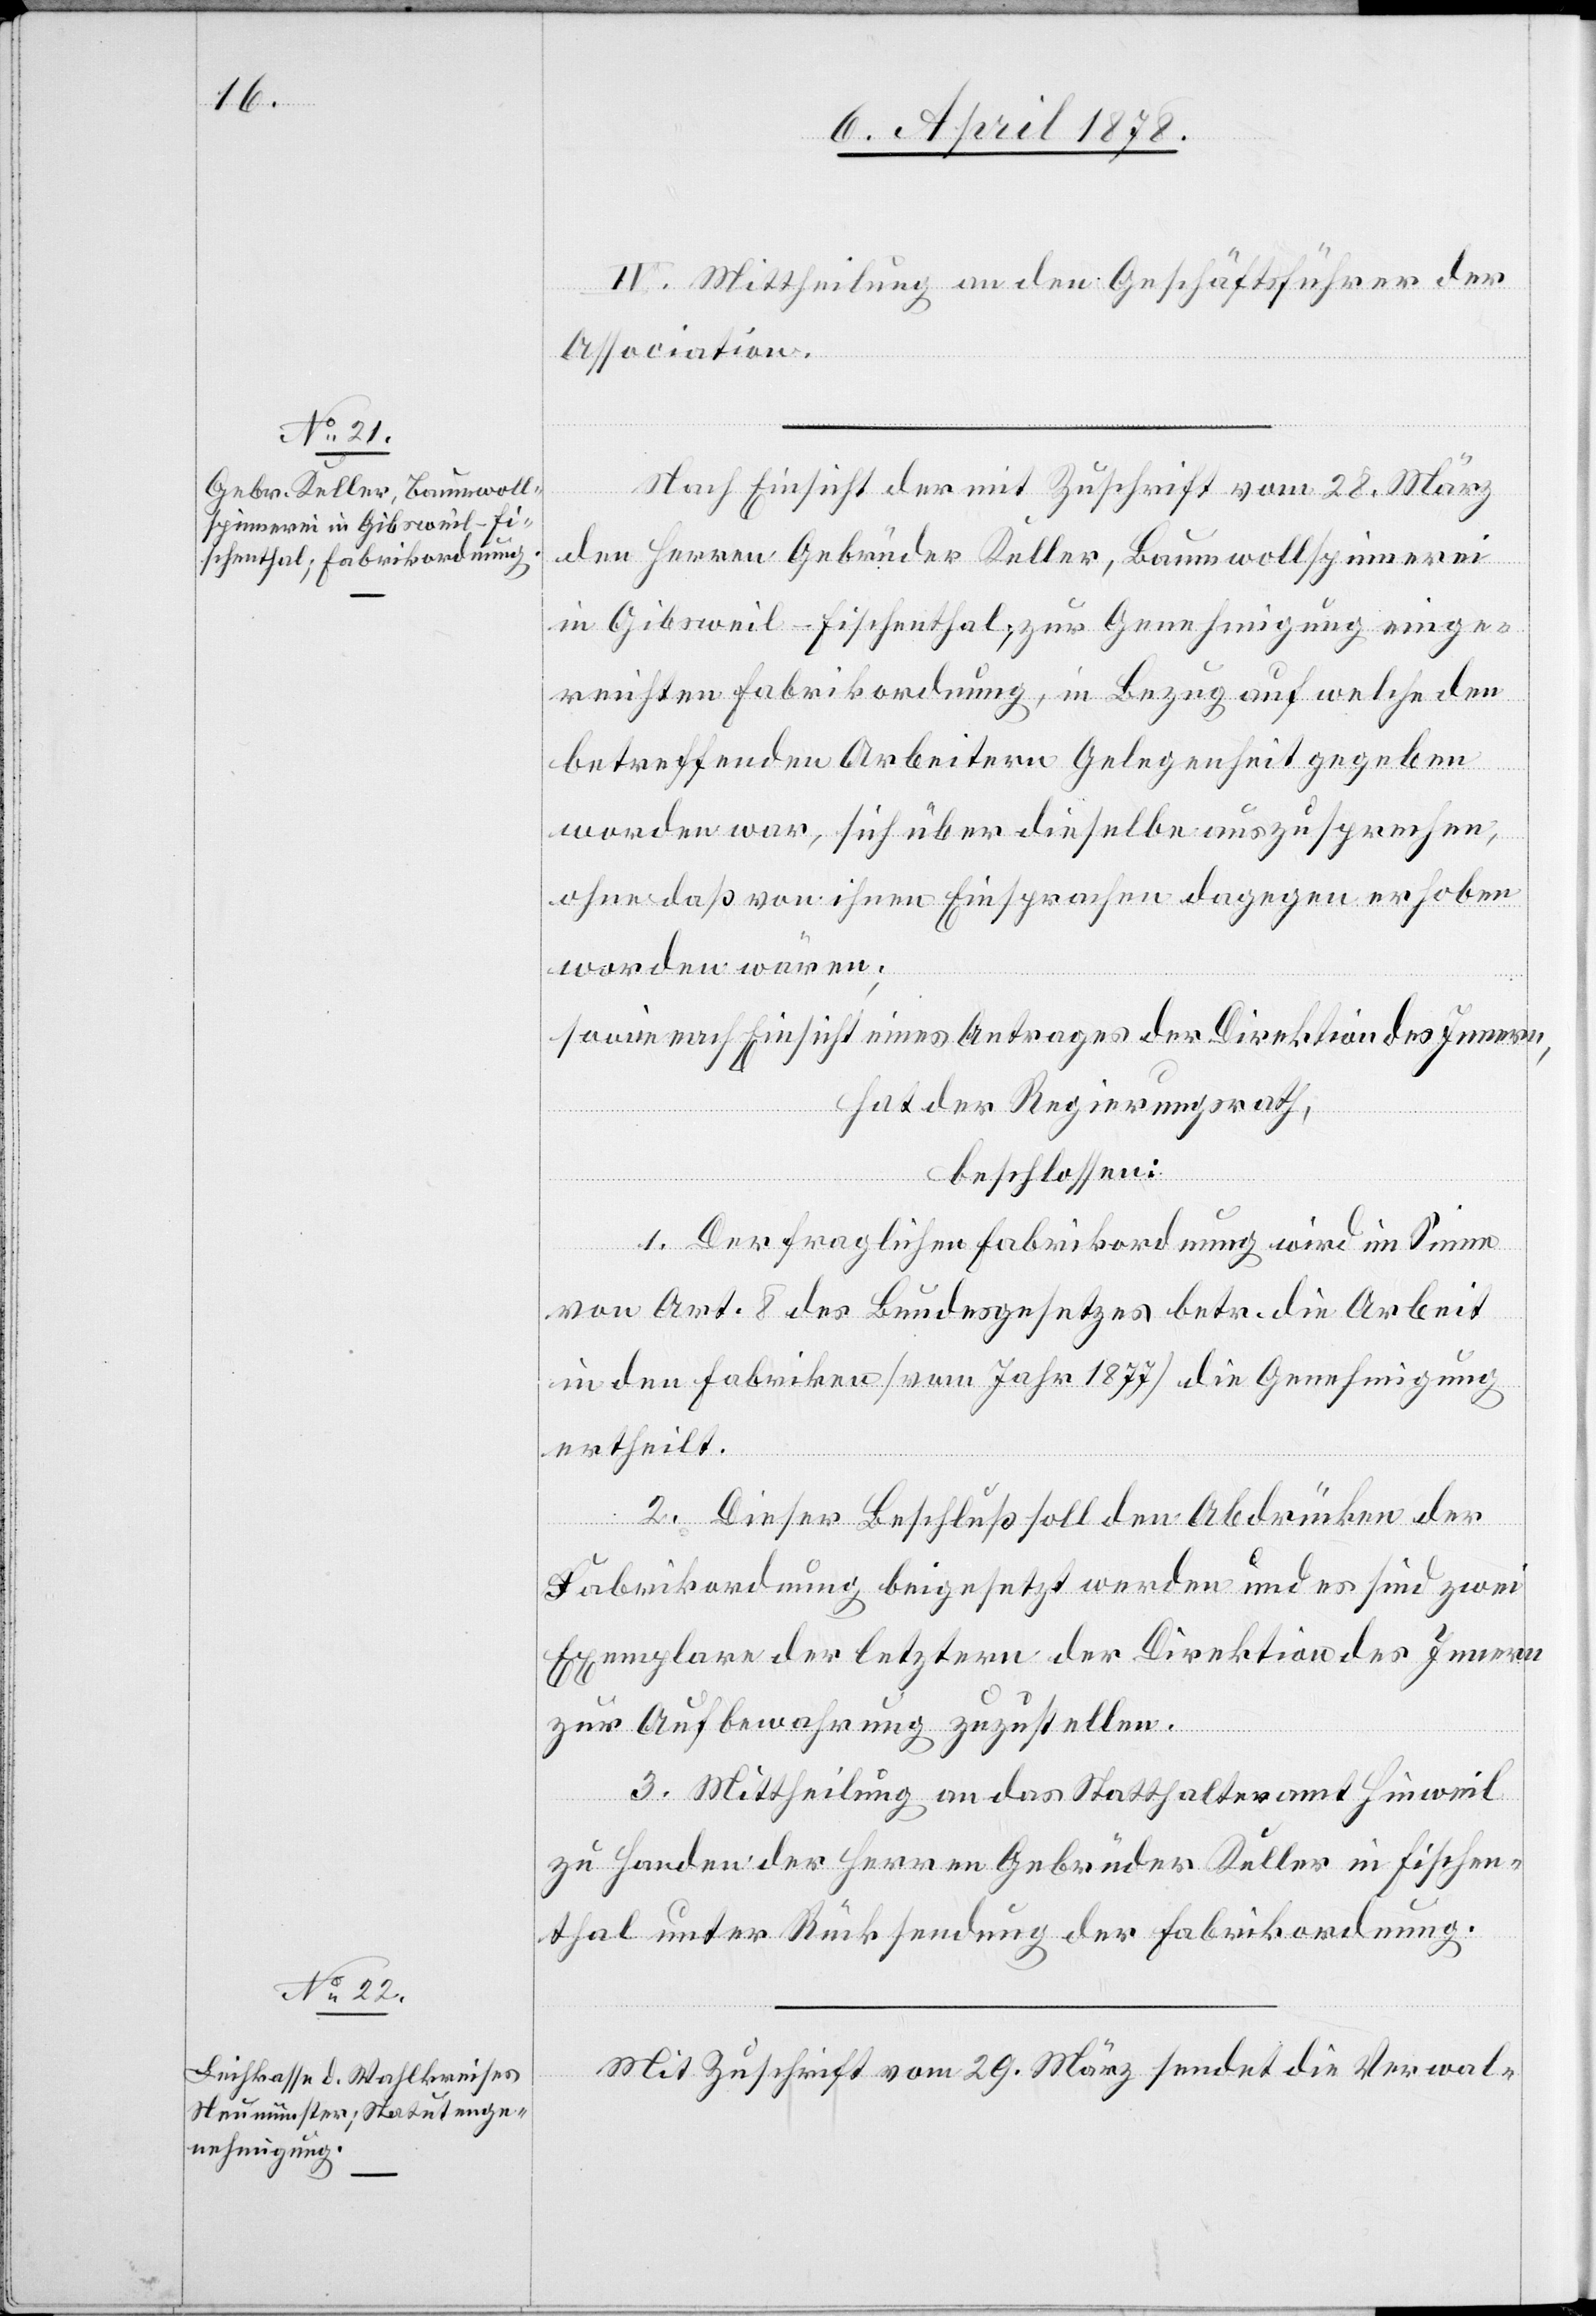
IV. Mittheilung an den Geschäftsführer der
Association.
Nach Einsicht der Zuschrift vom 28. März
den Herren Gebrüder Keller, Baumwollspinnerei
in Gibsweil - Fischenthal; zur Genehmigung einge¬
reichten Fabrikordnung, in Bezug auf welche den
betreffenden Arbeitern Gelegenheit gegeben
worden war, sich über dieselbe auszusprechen,
ohne daß von ihnen Einsprachen dagegen erhoben
worden wären;
sowie nach Einsicht eines Antrages der Direktion des Innern,
hat der Regierungsrath,
beschlossen:
1. Der fraglichen Fabrikordnung wird im Sinne
von Art. 8 des Bundesgesetzes betr. die Arbeit
in den Fabriken (vom Jahr 1877) die Genehmigung
ertheilt.
2. Dieser Beschluß soll den Abdrücken der
Fabrikordnung beigesetzt werden und es sind zwei
Exemplare der letztern der Direktion des Innern
zur Aufbewahrung zuzustellen.
3. Mittheilung an das Statthalteramt Hinweil
zu Handen der Herren Gebrüder Keller in Fischen¬
thal unter Rücksendung der Fabrikordnung.
Mit Zuschrift vom 29. März sendet die Verwal-